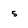
Character: 5